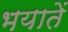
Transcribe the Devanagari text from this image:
भयातें